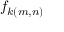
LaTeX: f _ { k ( m , n ) }